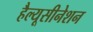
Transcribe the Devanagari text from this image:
हैल्यूसीनेशन